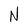
Character: N